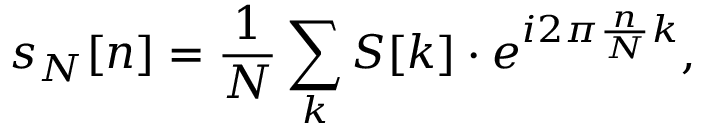
s _ { N } [ n ] = { \frac { 1 } { N } } \sum _ { k } S [ k ] \cdot e ^ { i 2 \pi { \frac { n } { N } } k } ,